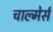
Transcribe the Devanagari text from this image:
चाल्मेर्स